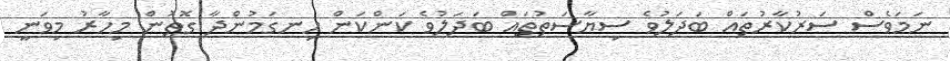
ނަމަވެސް ސަރުކާރުތައް ބަދަލުވެ ސިޔާސަތުތައް ބަދަލުވެ ކަންކަން ހިނގަމުންދާ ގޮތުން މިހާރު މިވަނީ